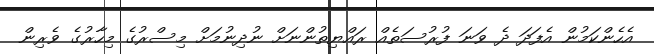
އެހެންކަމުން އެފަދަ ދެ ވަނަ ފުރުސަތެއް ރައްޔިތުންނަށް ނުދިނުމަށް މިސްރުގެ މިހާރުގެ ވެރިން